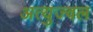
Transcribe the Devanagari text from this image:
अत्युज्वल